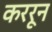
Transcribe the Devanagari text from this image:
कररून